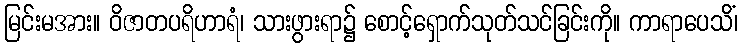
မြင်းမအား။ ဝိဇာတပရိဟာရံ၊ သားဖွားရာ၌ စောင့်ရှောက်သုတ်သင်ခြင်းကို။ ကာရာပေသိံ၊